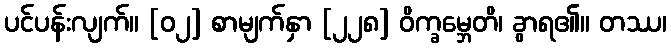
ပင်ပန်းလျက်။ [၀၂] စာမျက်နှာ [၂၂၈] ဝိက္ခမ္ဘေတိ၊ ခွာရ၏။ တဿ၊